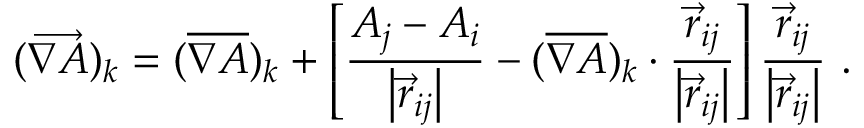
( \overrightarrow { \nabla A } ) _ { k } = ( \overline { { \nabla A } } ) _ { k } + \left[ \frac { A _ { j } - A _ { i } } { \left| \vec { r } _ { i j } \right| } - ( \overline { { \nabla A } } ) _ { k } \cdot \frac { \vec { r } _ { i j } } { \left| \vec { r } _ { i j } \right| } \right] \frac { \vec { r } _ { i j } } { \left| \vec { r } _ { i j } \right| } \mathrm { ~ . ~ }